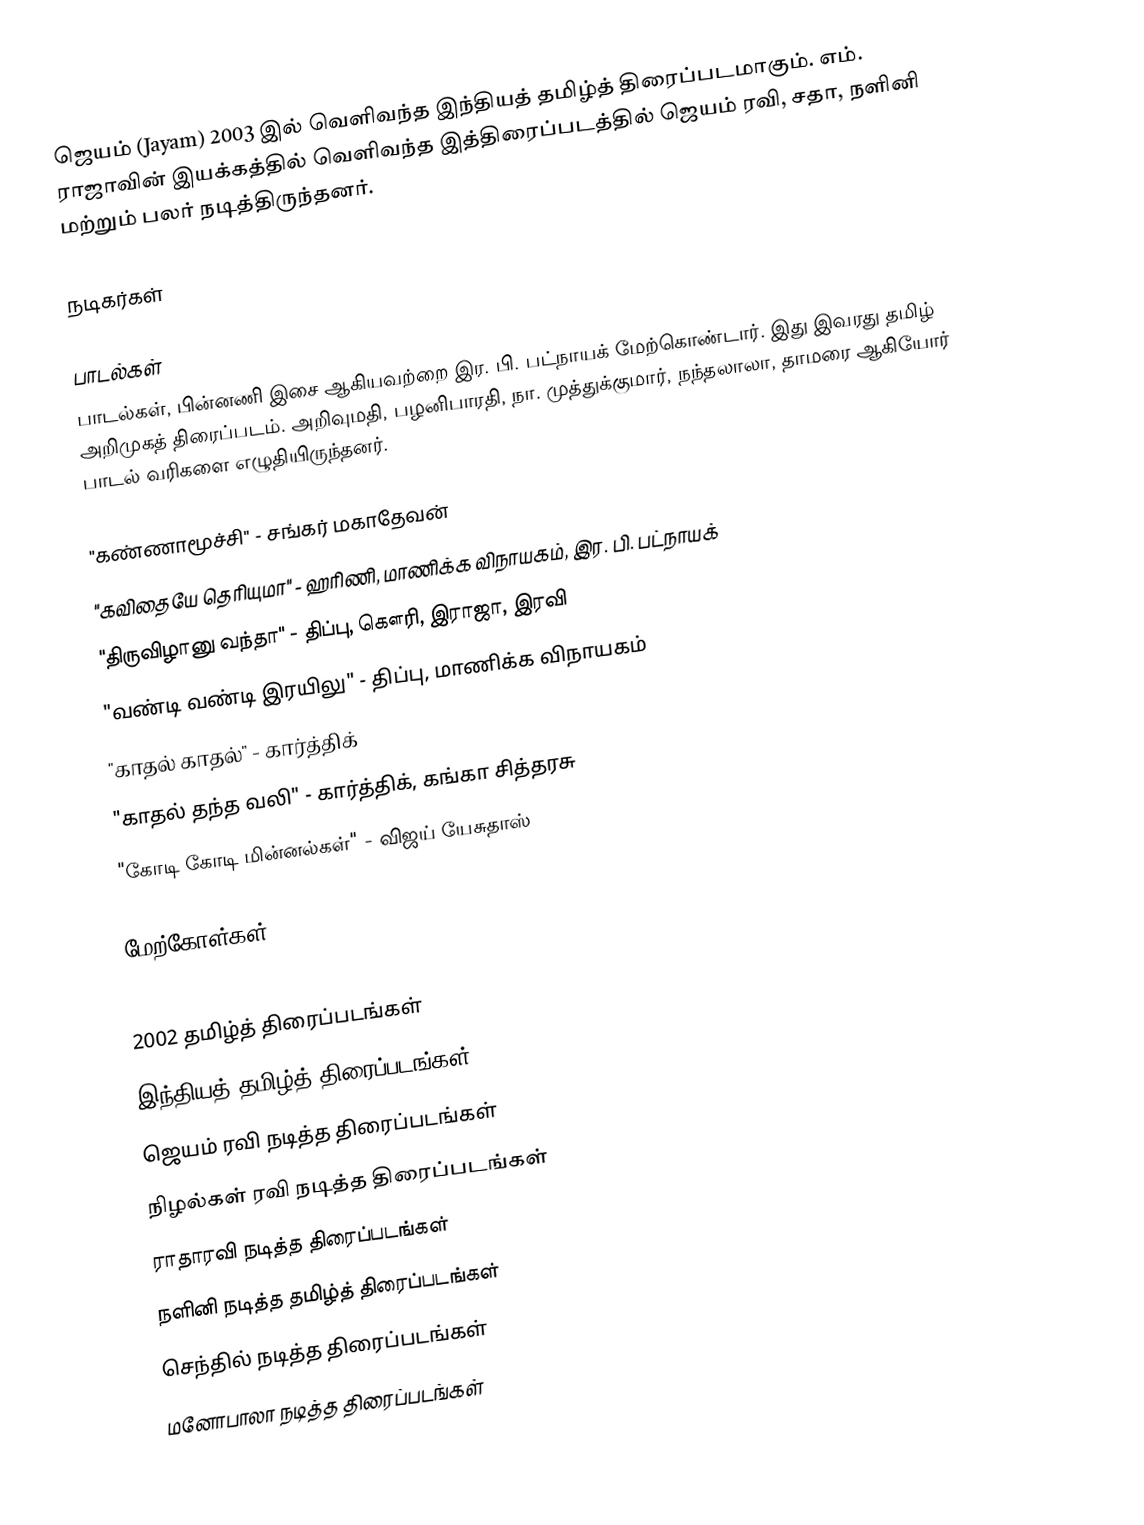
ஜெயம் (Jayam) 2003 இல் வெளிவந்த இந்தியத் தமிழ்த் திரைப்படமாகும். எம். ராஜாவின் இயக்கத்தில் வெளிவந்த இத்திரைப்படத்தில் ஜெயம் ரவி, சதா, நளினி மற்றும் பலர் நடித்திருந்தனர்.

நடிகர்கள்

பாடல்கள்
பாடல்கள், பின்னணி இசை ஆகியவற்றை இர. பி. பட்நாயக் மேற்கொண்டார். இது இவரது தமிழ் அறிமுகத் திரைப்படம். அறிவுமதி, பழனிபாரதி, நா. முத்துக்குமார், நந்தலாலா, தாமரை ஆகியோர் பாடல் வரிகளை எழுதியிருந்தனர்.

 "கண்ணாமூச்சி" - சங்கர் மகாதேவன்
 "கவிதையே தெரியுமா" - ஹரிணி, மாணிக்க விநாயகம், இர. பி. பட்நாயக்
 "திருவிழானு வந்தா" - திப்பு, கௌரி, இராஜா, இரவி
 "வண்டி வண்டி இரயிலு" - திப்பு, மாணிக்க விநாயகம்
 "காதல் காதல்" - கார்த்திக்
 "காதல் தந்த வலி" - கார்த்திக், கங்கா சித்தரசு
 "கோடி கோடி மின்னல்கள்" - விஜய் யேசுதாஸ்

மேற்கோள்கள்

2002 தமிழ்த் திரைப்படங்கள்
இந்தியத் தமிழ்த் திரைப்படங்கள்
ஜெயம் ரவி நடித்த திரைப்படங்கள்
நிழல்கள் ரவி நடித்த திரைப்படங்கள்
ராதாரவி நடித்த திரைப்படங்கள்
நளினி நடித்த தமிழ்த் திரைப்படங்கள்
செந்தில் நடித்த திரைப்படங்கள்
மனோபாலா நடித்த திரைப்படங்கள்